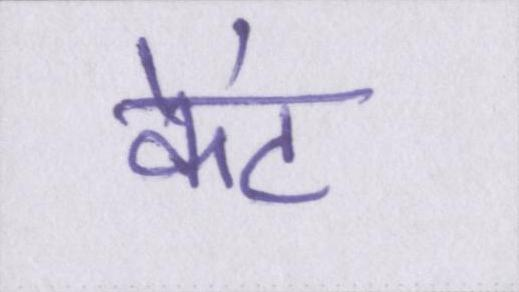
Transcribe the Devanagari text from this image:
केंट